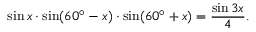
\sin x \cdot \sin ( 6 0 ^ { \circ } - x ) \cdot \sin ( 6 0 ^ { \circ } + x ) = { \frac { \sin 3 x } { 4 } } .